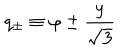
LaTeX: q _ { \pm } \equiv \varphi \pm { \frac { y } { \sqrt { 3 } } }